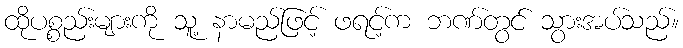
ထိုပစ္စည်းများကို သူ့ နာမည်ဖြင့် ဖရင့်က ဘဏ်တွင် သွားအပ်သည်။